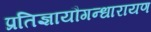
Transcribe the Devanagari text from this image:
प्रतिज्ञायौगन्धारायण